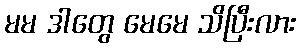
မမ ဒါတွေ မေမေ သိပြီးလား